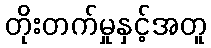
တိုးတက်မှုနှင့်အတူ